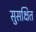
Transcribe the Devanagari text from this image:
सुसक्षित